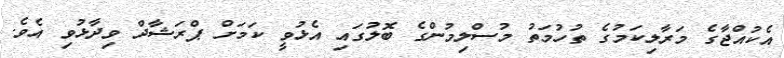
އެކުއްޖާގެ މަރާލިކަމުގެ ތުހުމަތު މުސްލިމުންގެ ބޮލުގައި އެޅުވީ ކަމަށް ޕްރަޝާދް ވިދާޅުވި އެވެ.